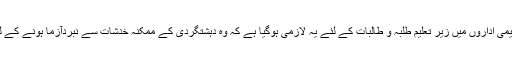
ایسے میں، تعلیمی اداروں میں زیر تعلیم طلبہ و طالبات کے لئے یہ لازمی ہوگیا ہے کہ وہ دہشتگردی کے ممکنہ خدشات سے نبردآزما ہونے کے لئے تیار رہیں۔